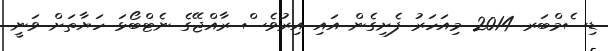
ޑިސެމްބަރ 2014 މިއަހަރު ފެށިގެން އައި އިރުވެސް ރާއްޖޭގެ ނެޓްބޯޅަ ހަޔާތަށް ވަނީ